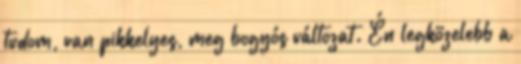
tudom, van pikkelyes, meg bogyós változat. Én legközelebb a